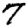
Digit: 7